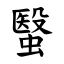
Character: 䗟